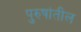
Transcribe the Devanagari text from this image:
पुरुषांतील